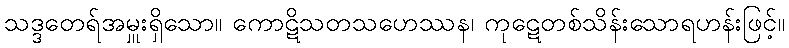
သဒ္ဒတေရ်အမှူးရှိသော။ ကောဋိသတသဟေဿန၊ ကုဋေတစ်သိန်းသောရဟန်းဖြင့်။